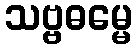
သဗ္ဗဓမ္မေ